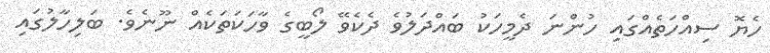
ހެޔޮ ސިއްހަތެއްގައި ހުންނަ ދެމީހަކު ބައްދަލުވެ ދެކެވޭ ލޯބީގެ ވާހަކަތަކެއް ނޫނެވެ. ބަލިހާލުގައި